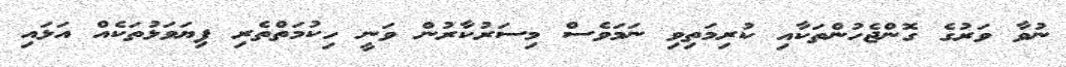
ނުވާ ވަރުގެ ގޮންޖެހުންތަކާއި ކުރިމަތިވި ނަމަވެސް މިސަރުކާރުން ވަނީ ހިކުމަތްތެރި ފިޔަވަޅުތަކެއް އަޅައި